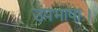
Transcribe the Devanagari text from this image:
उपभाषा।